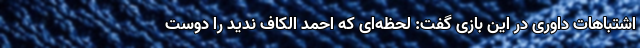
اشتباهات داوری در این بازی گفت: لحظه‌ای که احمد الکاف ندید را دوست